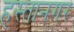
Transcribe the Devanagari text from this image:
हस्तानगर